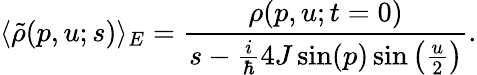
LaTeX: \langle\tilde{\rho}(p,u;s)\rangle_{E}=\frac{\rho(p,u;t=0)}{s-\frac{i}{\hbar}4J\sin(p)\sin\left(\frac{u}{2}\right)}.